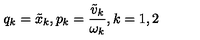
q _ { k } = \tilde { x } _ { k } , p _ { k } = \frac { \tilde { v } _ { k } } { \omega _ { k } } , k = 1 , 2